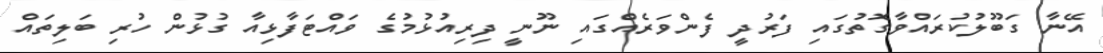
އޭނާ ގަބޫލުކުރައްވާގޮތުގައި ފަރުދީ ފެންވަރެއްގައި ނޫނީ ދިރިއުޅުމުގެ ވައްޓަފާޅިއާ ގުޅުން ހުރި ބަލިތައް